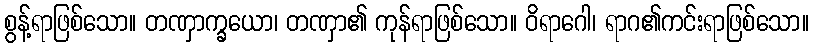
စွန့်ရာဖြစ်သော။ တဏှာက္ခယော၊ တဏှာ၏ ကုန်ရာဖြစ်သော။ ဝိရာဂေါ၊ ရာဂ၏ကင်းရာဖြစ်သော။